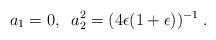
LaTeX: \begin{align*}a_1 = 0, \; \; a_2^2 = (4 \epsilon (1 + \epsilon))^{- 1} \; .\end{align*}